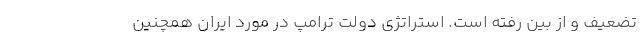
تضعیف و از بین رفته است. استراتژی دولت ترامپ در مورد ایران همچنین